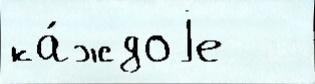
ка́ждоjе